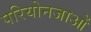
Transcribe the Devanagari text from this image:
परियोनजाओं